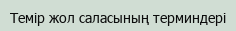
Темір жол саласының терминдері